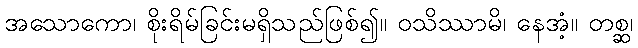
အသောကော၊ စိုးရိမ်ခြင်းမရှိသည်ဖြစ်၍။ ဝသိဿာမိ၊ နေအံ့။ တစ္ဆ၊